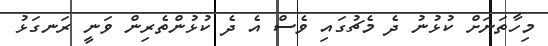
މިހާތަނަށް ކުޅުނު ދެ މެޗުގައި ވެސް އެ ދެ ކުޅުންތެރިން ވަނީ ރަނގަޅު